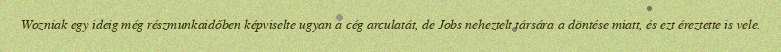
Wozniak egy ideig még részmunkaidőben képviselte ugyan a cég arculatát, de Jobs neheztelt társára a döntése miatt, és ezt éreztette is vele.